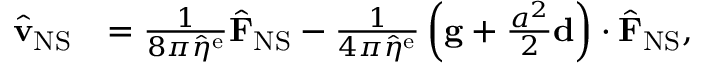
\begin{array} { r l } { \hat { \mathbf { v } } _ { \mathrm { N S } } } & { = \frac { 1 } { 8 \pi \hat { \eta } ^ { \mathrm { e } } } \hat { \mathbf { F } } _ { \mathrm { N S } } - \frac { 1 } { 4 \pi \hat { \eta } ^ { \mathrm { e } } } \left( \mathbf { g } + \frac { a ^ { 2 } } { 2 } \mathbf { d } \right) \cdot \hat { \mathbf { F } } _ { \mathrm { N S } } , } \end{array}